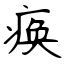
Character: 痪